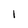
Character: I